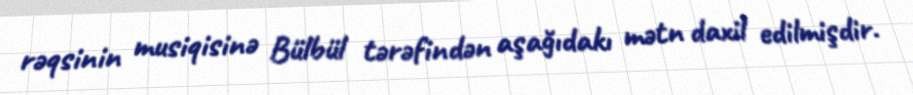
rəqsinin musiqisinə Bülbül tərəfindən aşağıdakı mətn daxil edilmişdir.